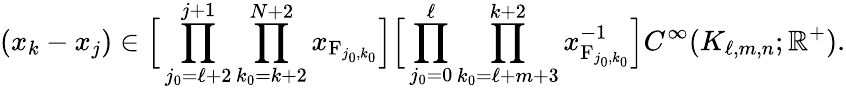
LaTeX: (x_{k}-x_{j})\in\Big[\prod_{j_{0}=\ell+2}^{j+1}\prod_{k_{0}=k+2}^{N+2}x_{\mathrm{F}_{j_{0},k_{0}}}\Big]\Big[\prod_{j_{0}=0}^{\ell}\prod_{k_{0}=\ell+m+3}^{k+2}x_{\mathrm{F}_{j_{0},k_{0}}}^{-1}\Big]C^{\infty}(K_{\ell,m,n};\mathbb{R}^{+}).